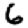
Digit: 6